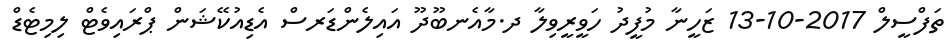
ތަފްސީލް 2017-10-13 ޒަހީނާ މުފީދު ހަވީރީވިލާ ދ.މާއެނބޫދޫ އައިލެންޑަރސް އެޑިއުކޭޝަން ޕްރައިވެޓް ލިމިޓެޑް